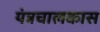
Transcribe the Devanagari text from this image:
यंत्रचालकास